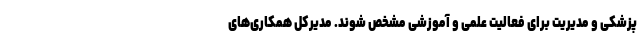
پزشکی و مدیریت برای فعالیت علمی و آموزشی مشخص شوند. مدیرکل همکاری‌های